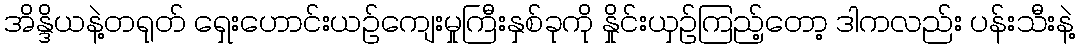
အိန္ဒိယနဲ့တရုတ် ရှေးဟောင်းယဉ်ကျေးမှုကြီးနှစ်ခုကို နှိုင်းယှဉ်ကြည့်တော့ ဒါကလည်း ပန်းသီးနဲ့